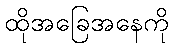
ထိုအခြေအနေကို